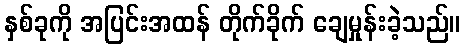
နှစ်ခုကို အပြင်းအထန် တိုက်ခိုက် ချေမှုန်းခဲ့သည်။